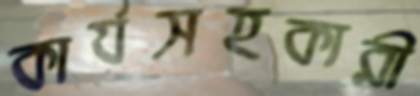
কার্যসহকারী